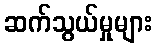
ဆက်သွယ်မှုများ